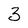
Character: 3